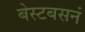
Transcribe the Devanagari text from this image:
बेस्टबसनं